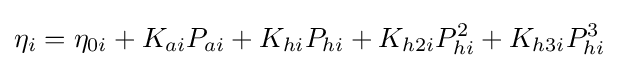
\eta _{i}=\eta _{0i}+K_{ai}P_{ai}+K_{hi}P_{hi}+K_{h2i}P_{hi}^{2}+K_{h3i}P_{hi}^{3}